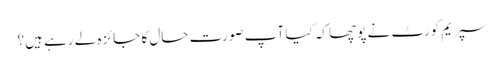
سپریم کورٹ نے پوچھا کہ کیا آپ صورت حال کا جائزہ لے رہے ہیں؟